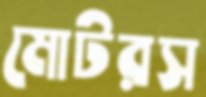
মোটরস